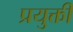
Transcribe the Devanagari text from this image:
प्रयुक्ती